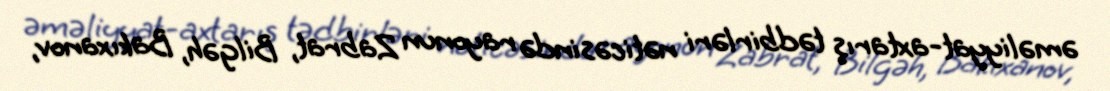
əməliyyat-axtarış tədbirləri nəticəsində rayonun Zabrat, Bilgəh, Bakıxanov,